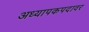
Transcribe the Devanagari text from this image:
अध्यापकपदावर